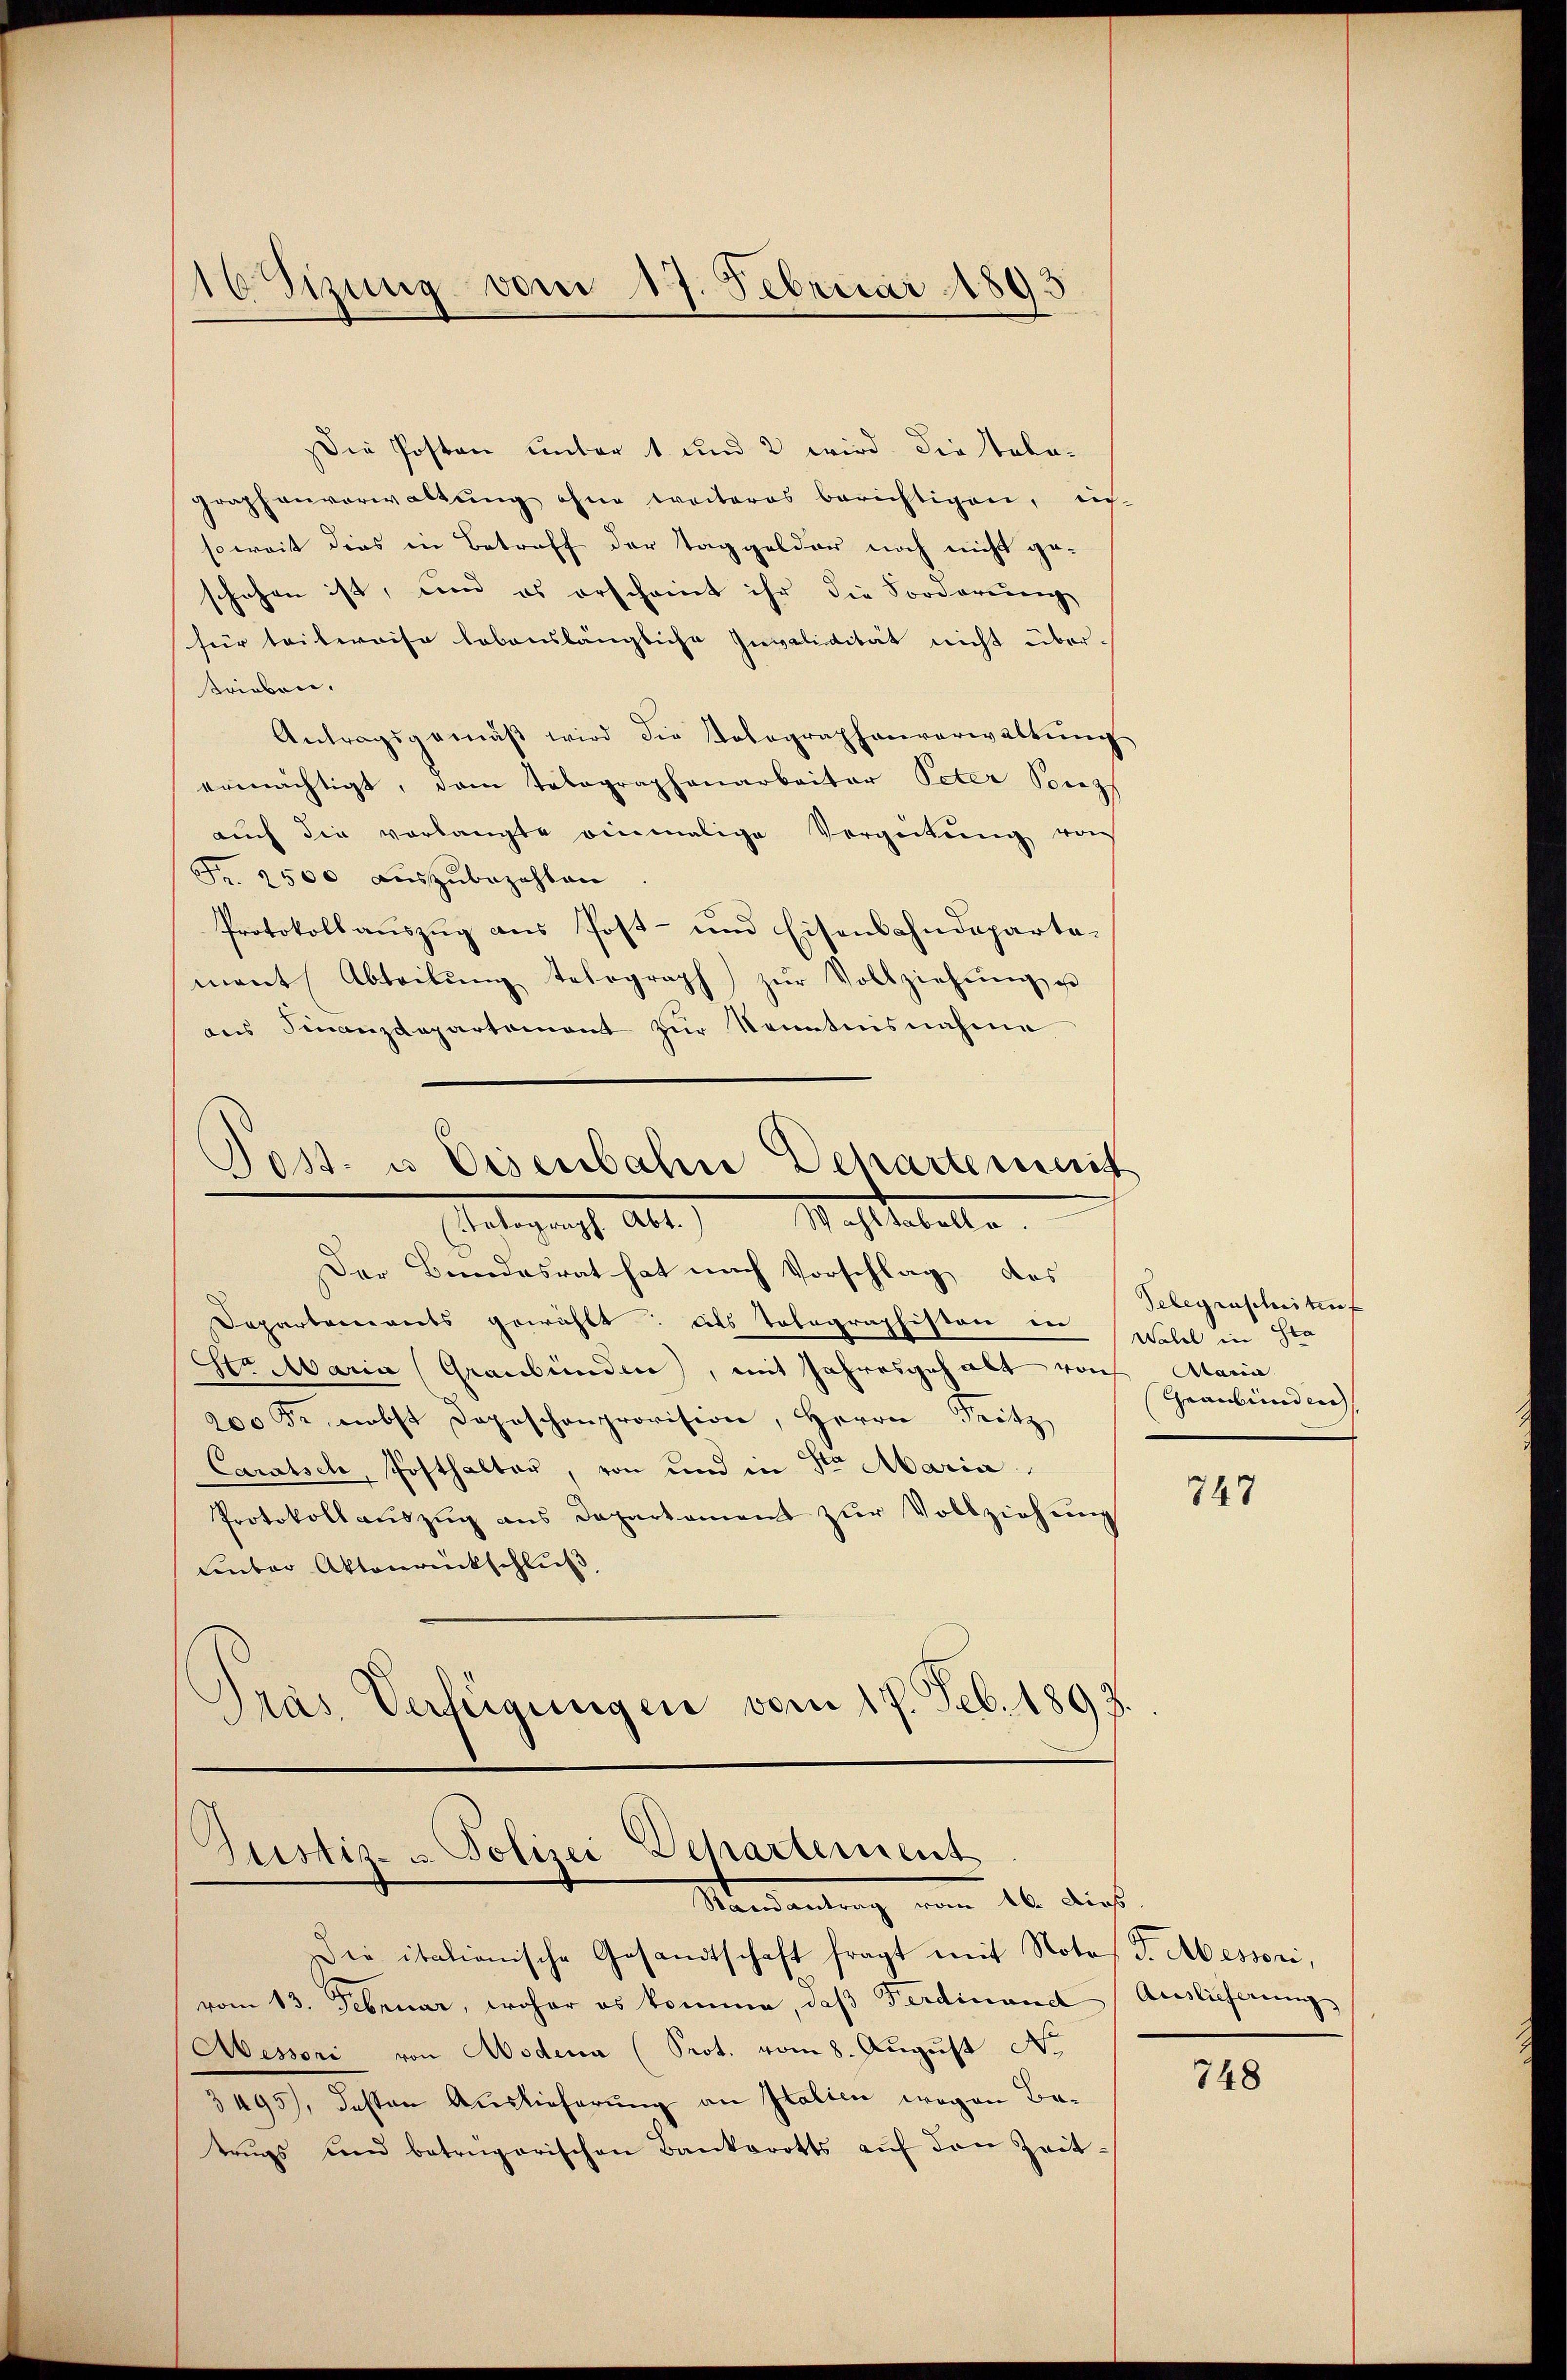
16 Tizung vom 17. Februar 1893

Die Posten unter 1 und 2 wird die Tobagraphenverwaltung ohne weiteres berichtigen, ein-
soweit dies in Betreff der Taggelder noch nicht geschehen ist, und es erscheint ihr die Sorderung
für teilweise lobenslängliche Invalidität nicht übertrieben.
Antragsgemäß wird die Kolographenverwaltung
ermächtigt, dem Telegraphenarbeiter Peter Porez
auch die vorlangte einmalige Vergeitŭng von
Fr. 2500 aŭszŭbezahlen
Protokoll auszug aus Post- und Eisenbahndeparta-
mant Abteilŭng telegraph zŭr Vollziehŭng u
ans Finanzdepartement zur Kenntnisnahme

Jost u. Eisenbahne Dehartement
Telegraph Alte Massatelle
Der Bundesrat hat nach Vorschlag des

Departanereits gewählt: als Telegraphiston in Wohl in der
Str. Maria (Graubünden, mit Jahresgehalt von Maria
200 Fr. nebst Depeschenprovision, Herrn Prötz
Caratsche, Posthalter, von und in Sr Maria
Protokoll aŭszŭg ans Departament zŭr Vollziehŭng
Limber Aktenrückschluß,
Präs. Verfügungen vom 17. Feb. 1893.

Justiz- & Polizei Departement
Mandantung vom 16. dies

Die italionische Gesandtschaft fragt mit Notos G. Messori,
vom 13. Februar, woher es komme, daß Ferdinand Auslieferung
Aessori von Aodena (Prot. vom 8. August No.
3495), dessen Auslieferung an Italien wegen Betrŭgs und betrügerischen Bankerotts aŭf den Zeit-

Telegenscheitet
Graubünden

747

748